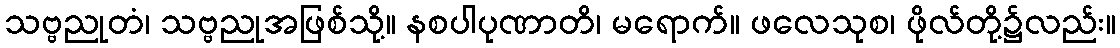
သဗ္ဗညုတံ၊ သဗ္ဗညုအဖြစ်သို့။ နစပါပုဏာတိ၊ မရောက်။ ဖလေသုစ၊ ဖိုလ်တို့၌လည်း။